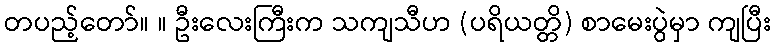
တပည့်တော်။ ။ ဦးလေးကြီးက သကျသီဟ (ပရိယတ္တိ) စာမေးပွဲမှာ ကျပြီး